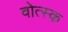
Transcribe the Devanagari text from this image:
वोत्स्क